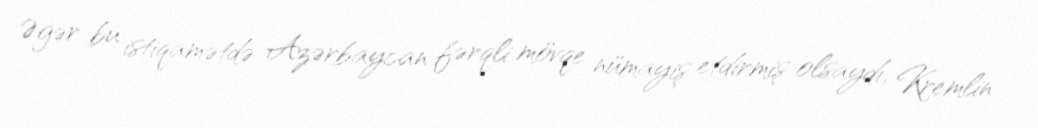
Əgər bu istiqamətdə Azərbaycan fərqli mövqe nümayiş etdirmiş olsaydı, Kremlin